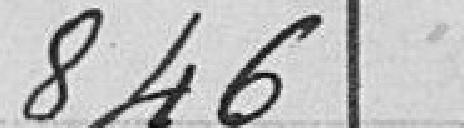
846,00